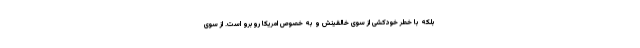
بلکه با خطر خودکشی از سوی خالقینش و به خصوص امریکا روبرو است. از سوی